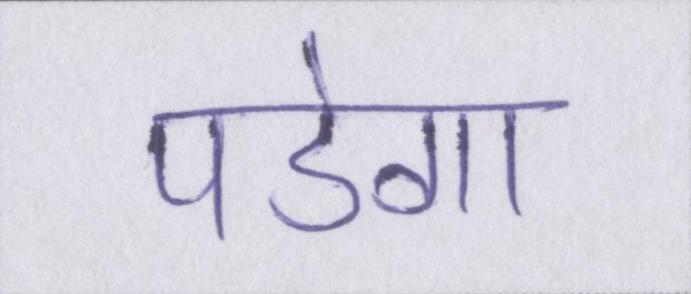
पडेगा